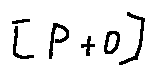
[ P + 0 ]